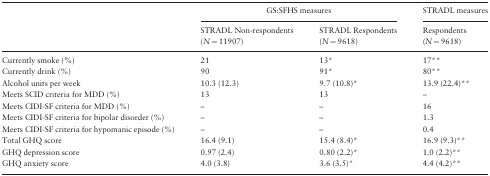
<table><thead><tr><td>[EMPTY_CELL]</td><td colspan="2"><b>GS:SFHS measures</b></td><td><b>STRADL measures</b></td></tr><tr><td>[EMPTY_CELL]</td><td><b>STRADL Non-respondents (<i>N</i> = 11907)</b></td><td><b>STRADL Respondents (<i>N</i> = 9618)</b></td><td><b>Respondents (<i>N</i> = 9618)</b></td></tr></thead><tbody><tr><td>Currently smoke (%)</td><td>21</td><td>13*</td><td>17**</td></tr><tr><td>Currently drink (%)</td><td>90</td><td>91*</td><td>80**</td></tr><tr><td>Alcohol units per week</td><td>10.3 (12.3)</td><td>9.7 (10.8)*</td><td>13.9 (22.4)**</td></tr><tr><td>Meets SCID criteria for MDD (%)</td><td>13</td><td>13</td><td>–</td></tr><tr><td>Meets CIDI-SF criteria for MDD (%)</td><td>–</td><td>–</td><td>16</td></tr><tr><td>Meets CIDI-SF criteria for bipolar disorder (%)</td><td>–</td><td>–</td><td>1.3</td></tr><tr><td>Meets CIDI-SF criteria for hypomanic episode (%)</td><td>–</td><td>–</td><td>0.4</td></tr><tr><td>Total GHQ score</td><td>16.4 (9.1)</td><td>15.4 (8.4)*</td><td>16.9 (9.3)**</td></tr><tr><td>GHQ depression score</td><td>0.97 (2.4)</td><td>0.80 (2.2)*</td><td>1.0 (2.2)**</td></tr><tr><td>GHQ anxiety score</td><td>4.0 (3.8)</td><td>3.6 (3.5)*</td><td>4.4 (4.2)**</td></tr></tbody></table>